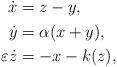
LaTeX: \begin{align*}\begin{aligned}\dot{x} & = z - y, \\\dot{y} & = \alpha(x + y), \\\varepsilon \dot{z} & = -x - k(z),\end{aligned}\end{align*}